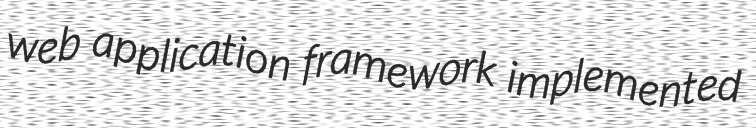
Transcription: web application framework implemented